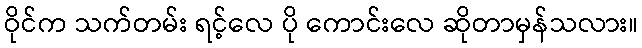
ဝိုင်က သက်တမ်း ရင့်လေ ပို ကောင်းလေ ဆိုတာမှန်သလား။